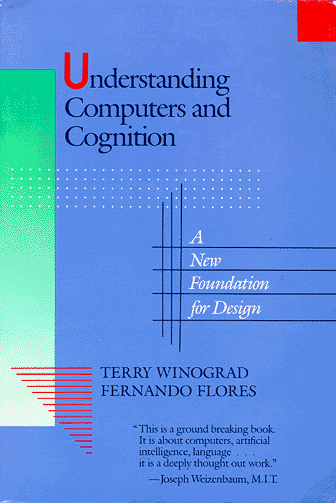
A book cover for Understanding Computers and Cognition: A New Foundation for Design; Terry Winograd; Computers & Technology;